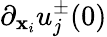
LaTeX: \partial_{\mathbf{x}_{i}}u_{j}^{\pm}(0)